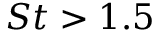
S t > 1 { . } 5